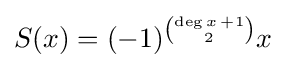
S(x)=(-1)^{\binom {{\text{deg}}\,x\,+1}{2}}x